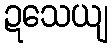
ဍသေယျ